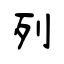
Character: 列